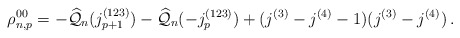
\begin{align*}{\rho}^{00}_{n,p} = - \widehat{\mathcal{Q}}_n(j_{p+1}^{(123)}) - \widehat{\mathcal{Q}}_n(-j_p^{(123)}) +(j^{(3)}-j^{(4)}-1)(j^{(3)}-j^{(4)})\,.\end{align*}